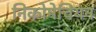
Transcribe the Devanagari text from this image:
निकोमेचियन